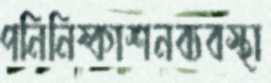
পনিনিষ্কাশনব্যবস্থা